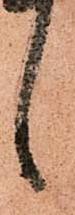
言